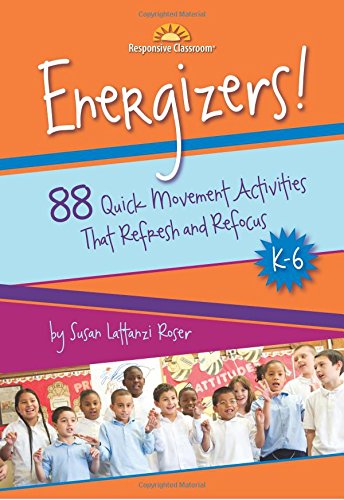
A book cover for Energizers! 88 Quick Movement Activities That Refresh and Refocus, K-6; Susan Lattanzi Roser; Education & Teaching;